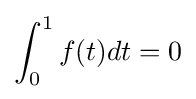
\int _{0}^{1}f(t)dt=0